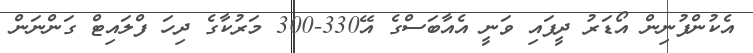
އެކުންފުނިން އޯޑަރު ދީފައި ވަނީ އެއާބަސްގެ އޭ330-300 މަރުކާގެ ދިހަ ފްލައިޓް ގަންނަން